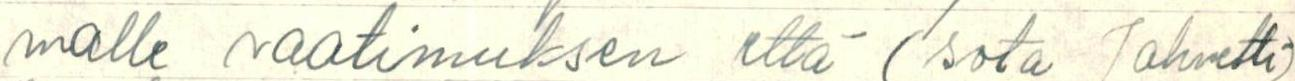
malle vaatimuksen että (sota Jahvetti)